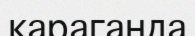
қараганда